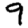
Digit: 9